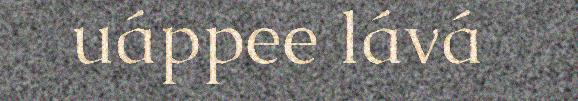
uáppee lává